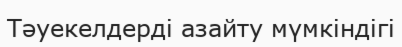
Тәуекелдерді азайту мүмкіндігі